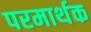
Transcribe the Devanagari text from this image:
परमार्थक